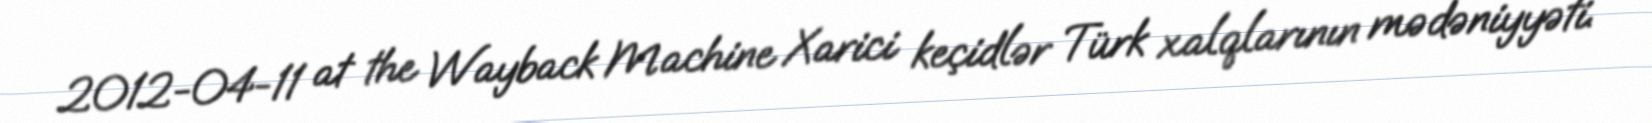
2012-04-11 at the Wayback Machine Xarici keçidlər Türk xalqlarının mədəniyyəti.